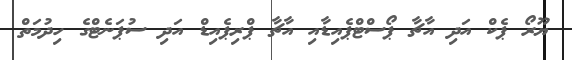
ޔޫރޯ ޕެކް އަދި އާޗާ ޕޯސްޓްޕެއިޑާއި އާޗާ ޕްރިޕެއިޑް އަދި ސުޕަނެޓްގެ ހިދުމަތް